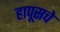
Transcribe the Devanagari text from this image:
हापूसचे